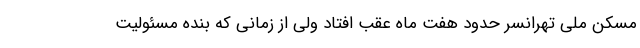
مسکن ملی تهرانسر حدود هفت ماه عقب افتاد ولی از زمانی که بنده مسئولیت